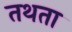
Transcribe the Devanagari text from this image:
तथता